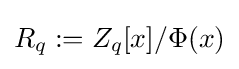
R_{q}:=Z_{q}[x]/\Phi (x)